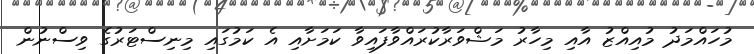
މުހައްމަދު މުއިއްޒު އާއި މިހާރު މަޝްވަރާކުރައްވާފައިވާ ކަމަށާއި އެ ކަމުގައި މިނިސްޓަރުގެ ވިސްނުން